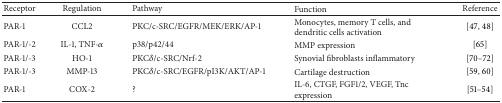
| Receptor | Regulation | Pathway | Function | Reference |
 | --- | --- | --- | --- | --- |
 | PAR-1 | CCL2 | PKC/c-SRC/EGFR/MEK/ERK/AP-1 | Monocytes, memory T cells, and dendritic cells activation | [47, 48] |
 | PAR-1/-2 | IL-1, TNF-α | p38/p42/44 | MMP expression | [65] |
 | PAR-1/-3 | HO-1 | PKCδ/c-SRC/Nrf-2 | Synovial fibroblasts inflammatory | [70–72] |
 | PAR-1/-3 | MMP-13 | PKCδ/c-SRC/EGFR/pI3K/AKT/AP-1 | Cartilage destruction | [59, 60] |
 | PAR-1 | COX-2 | ? | IL-6, CTGF, FGF1/2, VEGF, Tnc expression | [51–54] |